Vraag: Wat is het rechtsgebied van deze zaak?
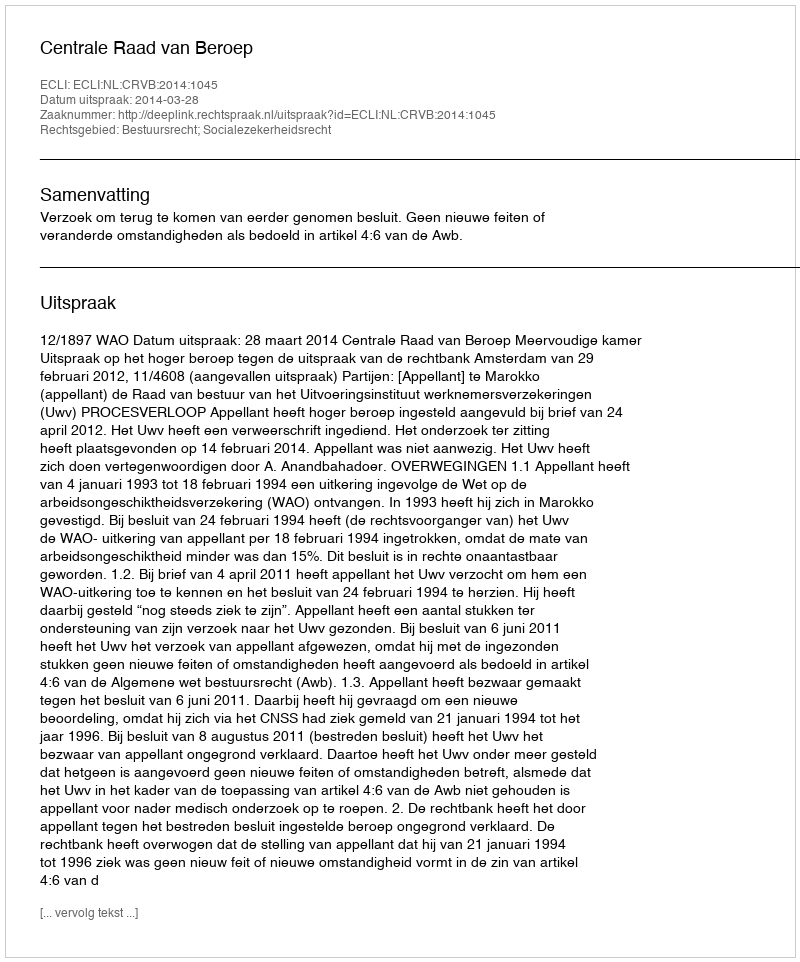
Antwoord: Bestuursrecht; Socialezekerheidsrecht